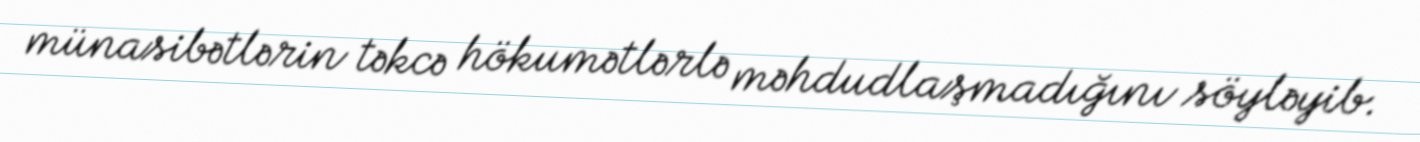
münasibətlərin təkcə hökumətlərlə məhdudlaşmadığını söyləyib.